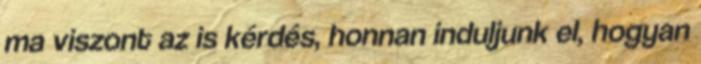
ma viszont az is kérdés, honnan induljunk el, hogyan